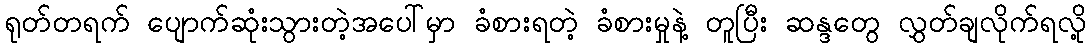
ရုတ်တရက် ပျောက်ဆုံးသွားတဲ့အပေါ်မှာ ခံစားရတဲ့ ခံစားမှုနဲ့ တူပြီး ဆန္ဒတွေ လွှတ်ချလိုက်ရလို့